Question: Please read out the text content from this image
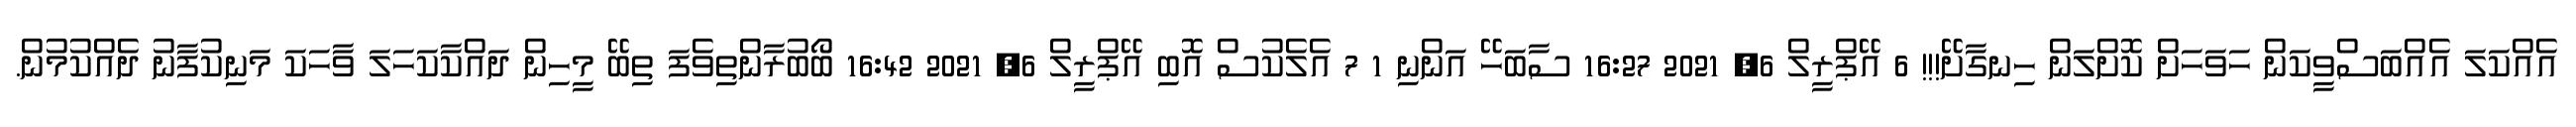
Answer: އެއްކަލަ އެއްބަސްވީކަން ހަވަހަށް ކޮށްލަން ހިނގާށޭ!!! 6 އޭޕްރީލް 6, 2021 16:27 ސާބަހޭ އަންނި 1 7 އެލެކުސް އޮބި އޭޕްރީލް 6, 2021 16:42 ބޯބުރާންތިވެފަ ތިބޭ މީހިން ދައްކާކަހަލަ ވާހަކަ މަނިކުފާނު ދެއްކުމުން.